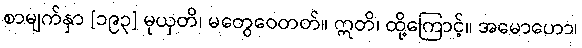
စာမျက်နှာ [၁၉၃] မုယှတိ၊ မတွေဝေတတ်။ ဣတိ၊ ထို့ကြောင့်။ အမောဟော၊